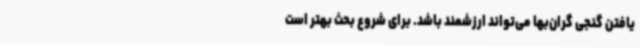
یافتن گنجی گران‌بها می‌تواند ارزشمند باشد. برای شروع بحث بهتر است